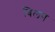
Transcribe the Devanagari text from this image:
बिलग